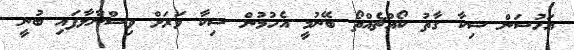
އަހުސަން ޝިކާ ގާތު ކޯއްޗެއްތޯ ބޭނުމީ އެހުމުން ޝިކާ ވަރަށް ވިސްނާލާފައި ބުނީ